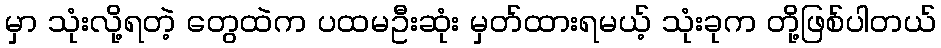
မှာ သုံးလို့ရတဲ့ တွေထဲက ပထမဦးဆုံး မှတ်ထားရမယ့် သုံးခုက တို့ဖြစ်ပါတယ်